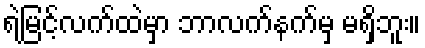
ရဲမြင့်လက်ထဲမှာ ဘာလက်နက်မှ မရှိဘူး။